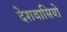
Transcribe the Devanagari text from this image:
देशवासियो